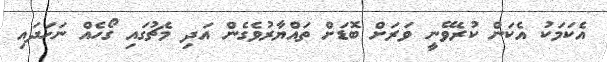
އެކަމަކު އެކަން ކުރެވޭނީ ވަރަށް ބޮޑަށް ތައްޔާރުވެގެން އަދި މެޗުގައި ގޯހެއް ނަހަދައި